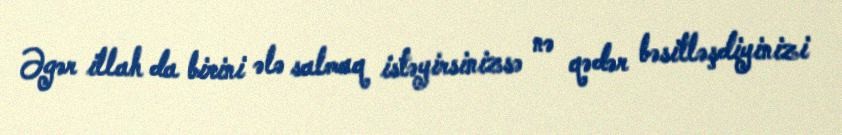
Əgər illah da birini ələ salmaq istəyirsinizsə nə qədər bəsitləşdiyinizi